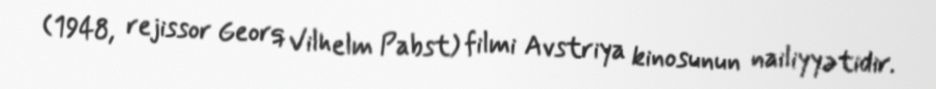
(1948, rejissor Georq Vilhelm Pabst) filmi Avstriya kinosunun nailiyyətidir.